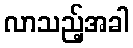
လာသည့်အခါ